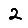
Digit: 2